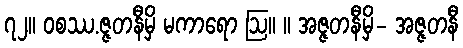
၇၂။ ဝစဿ.ဇ္ဇတနီမှိ မကာရော ဩ။ ။ အဇ္ဇတနီမှိ- အဇ္ဇတနီ